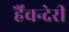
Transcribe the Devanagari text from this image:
र्हैंचन्देरी